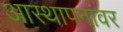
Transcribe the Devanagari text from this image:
आस्‍थापनांवर